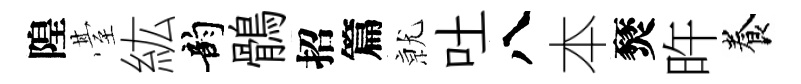
隍䑓紘韵鶻招篇𭕒吐八本燹旿養